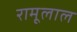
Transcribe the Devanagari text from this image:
रामूलाल